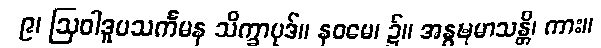
၉၊ ဩဝါဒူပသင်္ကမန သိက္ခာပုဒ်။ နဝမေ၊ ၌။ အနွဍ္ဎမာသန္တိ၊ ကား။